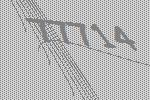
77714